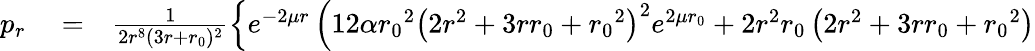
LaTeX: \begin{array}{rlr}{p_{r}}&{{}=}&{\frac{1}{2r^{8}(3r+{r_{0}})^{2}}\left\lbrace e^{-2\mu r}\left(12\alpha{r_{0}}^{2}\left(2r^{2}+3r{r_{0}}+{r_{0}}^{2}\right)^{2}e^{2\mu{r_{0}}}+2r^{2}{r_{0}}\left(2r^{2}+3r{r_{0}}+{r_{0}}^{2}\right)\right.\right.}\end{array}